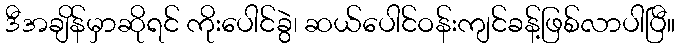
ဒီအချိန်မှာဆိုရင် ကိုးပေါင်ခွဲ၊ ဆယ်ပေါင်ဝန်းကျင်ခန့်ဖြစ်လာပါပြီ။